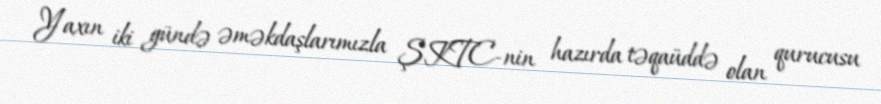
Yaxın iki gündə əməkdaşlarımızla ŞKTC-nin hazırda təqaüddə olan qurucusu